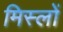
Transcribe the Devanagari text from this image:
मिस्लों